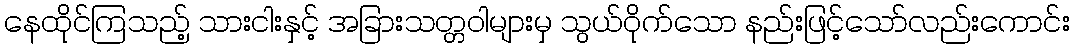
နေထိုင်ကြသည့် သားငါးနှင့် အခြားသတ္တဝါများမှ သွယ်ဝိုက်သော နည်းဖြင့်သော်လည်းကောင်း